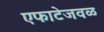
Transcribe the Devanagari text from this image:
एफाटेजवळ